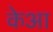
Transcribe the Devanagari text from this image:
केआ